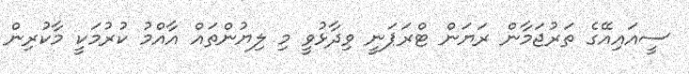
ސީއައިއޭގެ ތަރުޖަމާން ރަަޔަން ޓްރަޕަނީ ވިދާޅުވީ މި ލިޔުންތައް އާއްމު ކުރުމަކީ މާކުރިން